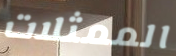
الممثلات